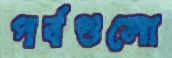
পর্বগুলো